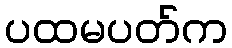
ပထမပတ်က